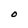
Character: O